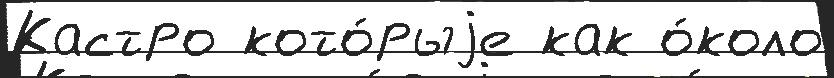
Кастро кото́рыjе как о́коло